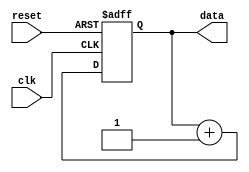
module repeat_loop (
    input wire clk,        // Clock signal
    input wire reset,      // Reset signal
    output reg [7:0] data // Example output data
);

    // Initialization block
    initial begin
        data = 8'b0; // Initialize data
    end

    // Always block to implement the repeat loop
    always @(posedge clk or posedge reset) begin
        if (reset) begin
            data <= 8'b0; // Reset data on reset signal
        end else begin
            // Infinite loop behavior simulated with always block
            // Here you can add your operations
            data <= data + 1; // Example operation: increment data
            // Add more operations as needed
        end
    end

endmodule